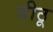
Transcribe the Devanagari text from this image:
बीठू